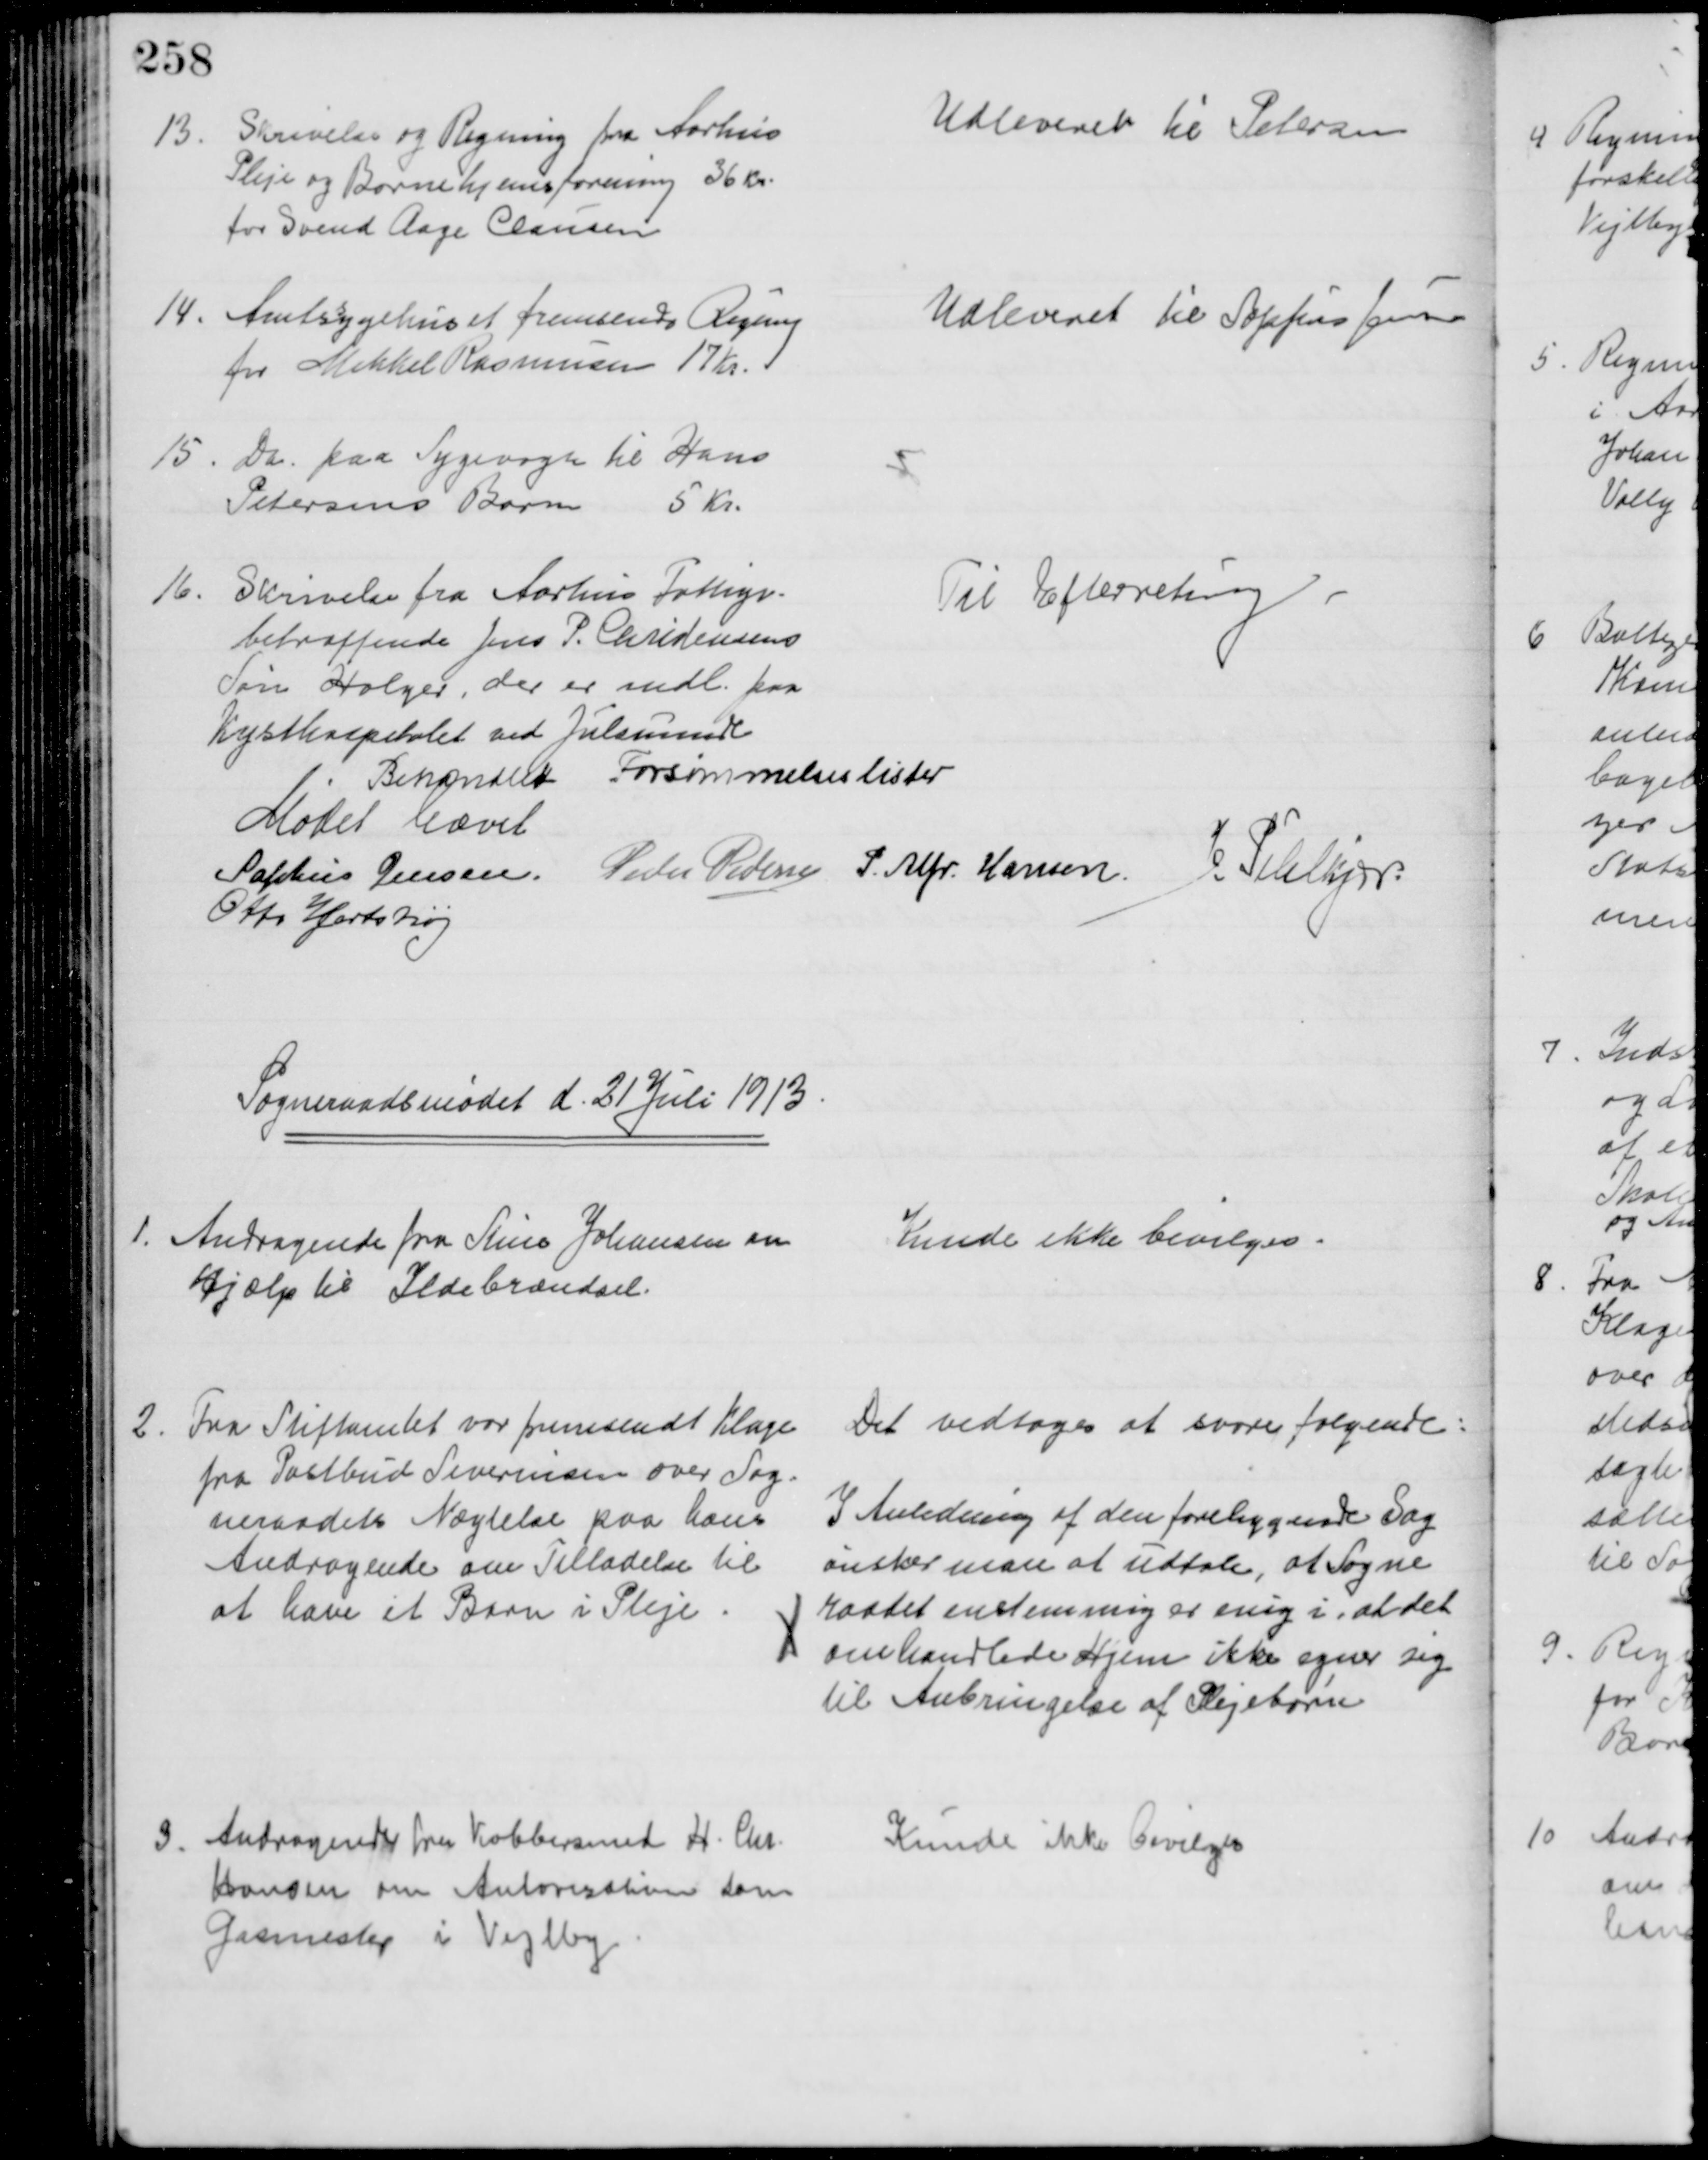
Transskription:
13
Skrivelse og Regning fra Aarhus
Pleje og Børnehjemsforening 36 Kr.
for Svend Aage Clausen
Udleveret til Petersen
14. Amtsygehuset fremsender Regning
for Mikkel Rasmussen 17 Kr.
Udleveret til Sophus Jensen
15. Do paa Sygevogn til Hans
Petersens Barn 5 Kr.
16.
Skrivelse fra Aarhus Fattigv.
betræffende Jens P. Christensens
Søn Holger, der er indl. paa
Kysthospitalet ved Julsminde
Til Efterretning
Behandlet Forsømmelseslister
Mødet hævet
Sophus Jensen Peder Pedersen P. Alfr. Hansen. J. Pihlkjær
Otto Hjortshøj
Sogneraadsmødet d. 21 Juli 1913
1.
Andragende fra Stine Johansen om
hjælp til Ildebrændsel.
Kunde ikke bevilges.
2.
Fra Stiftamtet var fremsendt Klage
fra Postbud Severinsen over Sog=
neraadets Nægtelse paa hans
Andragende om Tilladelse til
at have et Barn i Pleje
Det vedtoges at svare følgende:
I Anledning af den foreliggende Sag
ønsker man at udtale, at Sogne
raadet enstemmig er enig i, at det
omhandlede Hjem ikke egner sig
til Anbringelse af Plejebørn
3.
Andragende fra Kobbersmed H. Chr.
Hansen om Autorisation som
Gasmester i Vejlby
Kunde ikke bevilges